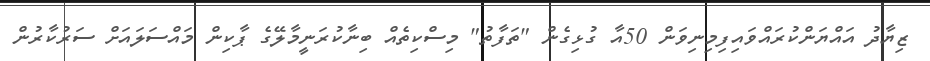
ޒިޔާދު އައްޔަންކުރައްވައިފިމިނިވަން 50އާ ގުޅިގެން "ތަފާތު" މިސްކިތެއް ބިނާކުރަނީމާލޭގެ ޕާކިން މައްސަލައަށް ސަރުކާރުން